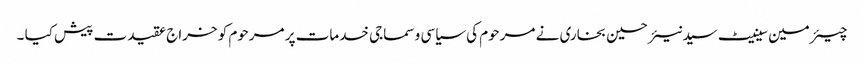
چیئرمین سینیٹ سید نیئر حسین بخاری نے مرحوم کی سیاسی و سماجی خدمات پر مرحوم کو خراج عقیدت پیش کیا ۔